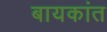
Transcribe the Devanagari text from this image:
बायकांत